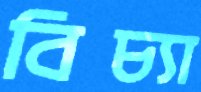
বিচ্যা